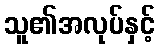
သူ၏အလုပ်နှင့်